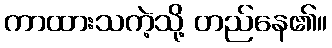
ကာထားသကဲ့သို့ တည်နေ၏။